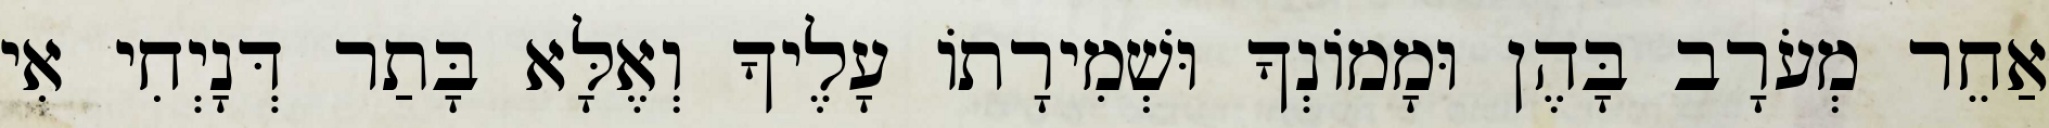
אַחֵר מְעֹרָב בָּהֶן וּמָמוֹנְךָ וּשְׁמִירָתוֹ עָלֶיךָ וְאֶלָּא בָּתַר דְּנָיְחִי אִי